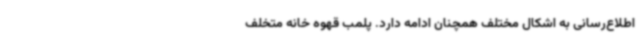
اطلاع‌رسانی به اشکال مختلف همچنان ادامه دارد. پلمب قهوه خانه متخلف